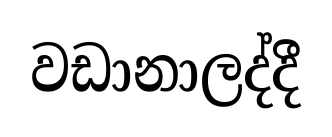
වඩානාලද්දී